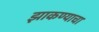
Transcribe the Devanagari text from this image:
झाकण्याचा